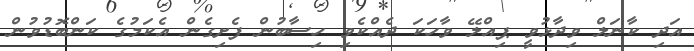
އަދި ކާނަލް ވިދާޅުވީ ޕިއްލޭ ވާހަކަ ދެއްކެވި ހިސާބުން ފެށިގެން އެކަމުގެ ކަންބޮޑުވުން